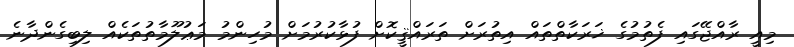
މިއީ ރާއްޖޭގައި ފެތުމުގެ ޚަރަކާތްތައް އިތުރަށް ތަރައްޤީކޮށް ފުޅާކުރުމަށް މުހިންމު މަޢުލޫމާތުތަކެއް ލިބިގެންދާނެ